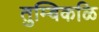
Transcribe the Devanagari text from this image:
तुम्बिकळि